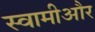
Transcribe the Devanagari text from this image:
स्वामीऔर